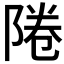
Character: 𨹵